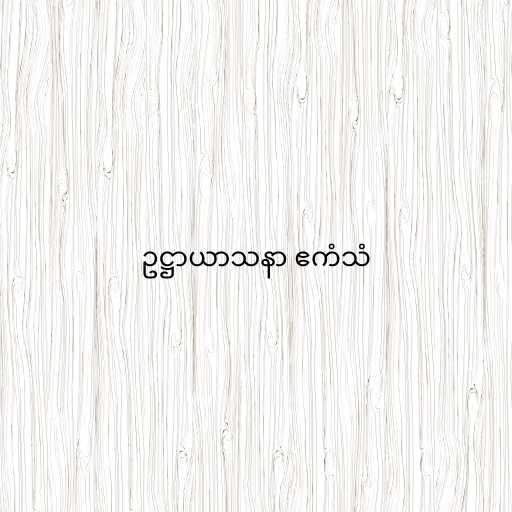
ဥဋ္ဌာယာသနာ ဧကံသံ